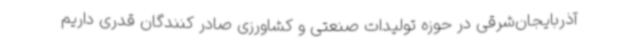
آذربایجان‌شرقی در حوزه تولیدات صنعتی و کشاورزی صادر کنندگان قدری داریم